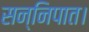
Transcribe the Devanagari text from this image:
सन्निपात।